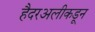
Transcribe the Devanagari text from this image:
हैदरअलीकडून